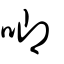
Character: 唧